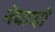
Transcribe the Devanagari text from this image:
नेवादो